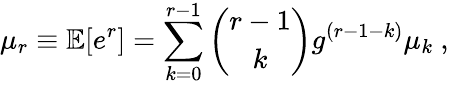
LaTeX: \mu_{r}\equiv\mathbb{E}[e^{r}]=\sum_{k=0}^{r-1}\binom{r-1}{k}g^{(r-1-k)}\mu_{k}\mathrm{~,~}